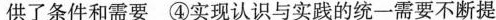
供了条件和需要 ④实现认识与实践的统一需要不断提